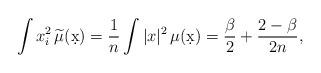
LaTeX: \begin{align*} \int x_i^2 \, \widetilde\mu ( \d x) = \frac 1n \int \vert x \vert^2 \, \mu ( \d x ) = \frac{\beta}2 + \frac {2-\beta} {2n} , \end{align*}